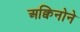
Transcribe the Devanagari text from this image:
अक्विनोने